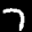
Label: 7